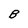
Character: B